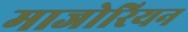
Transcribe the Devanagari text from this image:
माजोरियन